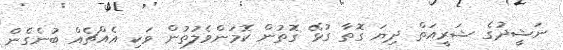
ނަޝީދުގެ ޝަރީއަތް ދިޔަ ގޮތާ ގުޅޭ ގޮތުން ކޮމަންވެލުތުން ވަކި އެއްޗެއް ބުނެގެން